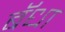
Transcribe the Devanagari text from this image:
बॅधा